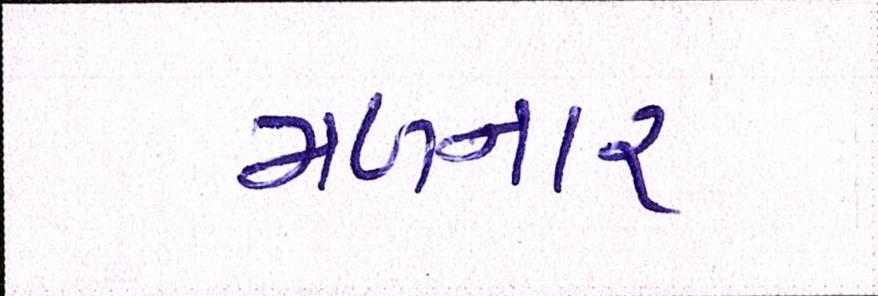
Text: મળનાર